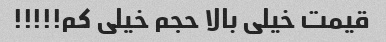
قیمت خیلی بالا حجم خیلی کم!!!!!